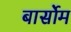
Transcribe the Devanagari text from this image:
बार्सोम